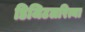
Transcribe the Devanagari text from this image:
डिजिटलरित्या